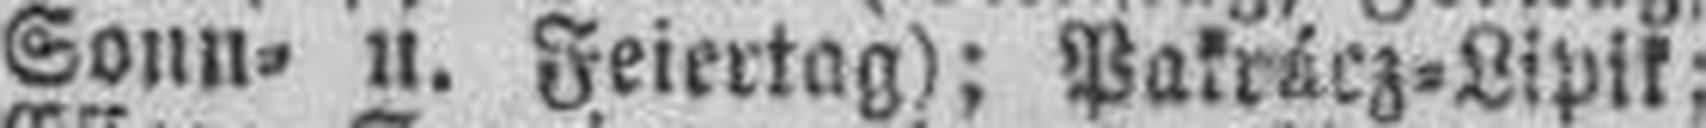
Sonn= u. Feiertag); Pakrácz=Lipik;